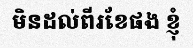
មិនដល់ពីរខែផង ខ្ញុំ